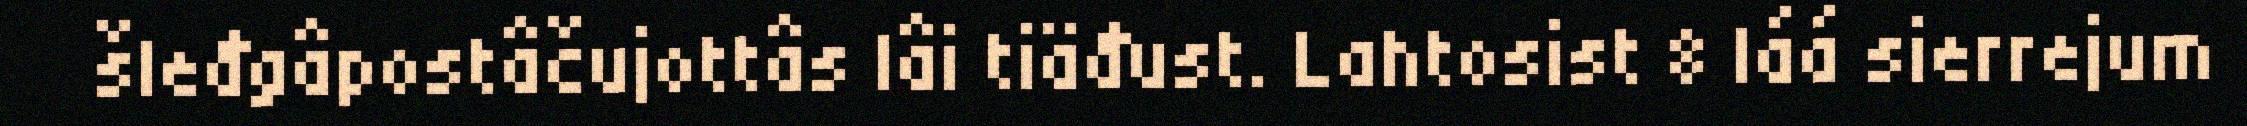
šleđgâpostâčujottâs lâi tiäđust. Lahtosist 8 láá sierrejum